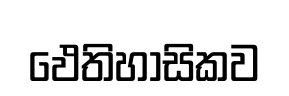
ඵෙතිහාසිකව